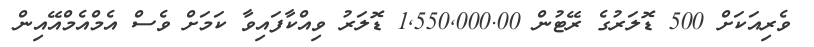
ވެރިއަކަށް 500 ޑޮލަރުގެ ރޭޓުން 1